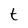
Character: t